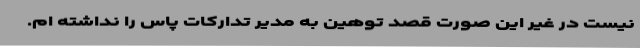
نیست در غیر این صورت قصد توهین به مدیر تدارکات پاس را نداشته ام.